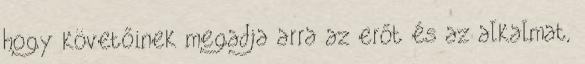
hogy követőinek megadja arra az erőt és az alkalmat,